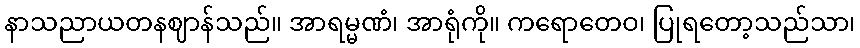
နာသညာယတနဈာန်သည်။ အာရမ္မဏံ၊ အာရုံကို။ ကရောတေဝ၊ ပြုရတော့သည်သာ၊